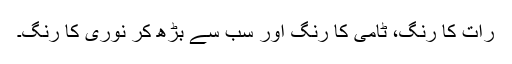
رات کا رنگ، ٹامی کا رنگ اور سب سے بڑھ کر نوری کا رنگ۔